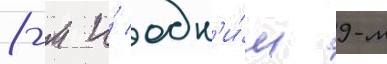
8-м и́ одн'и́м 9-м